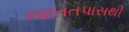
જાતતપાસથી